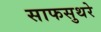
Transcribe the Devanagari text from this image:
साफसुथरे